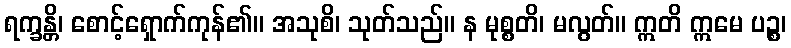
ရက္ခန္တိ၊ စောင့်ရှောက်ကုန်၏။ အသုစိ၊ သုတ်သည်။ န မုစ္စတိ၊ မလွတ်။ ဣတိ ဣမေ ပဉ္စ၊